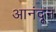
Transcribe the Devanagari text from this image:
आनंदून